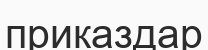
приказдар